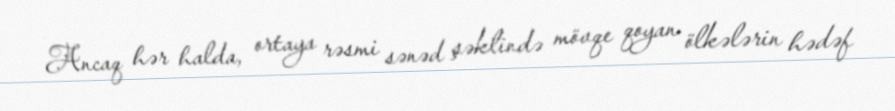
Ancaq hər halda, ortaya rəsmi sənəd şəklində mövqe qoyan ölkələrin hədəf